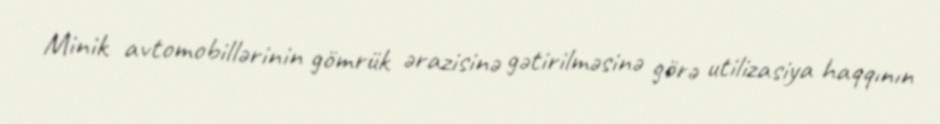
Minik avtomobillərinin gömrük ərazisinə gətirilməsinə görə utilizasiya haqqının